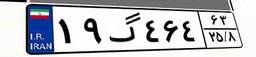
۱۹گ۴۶۴۶۳